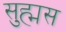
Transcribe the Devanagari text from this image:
सुह्मस